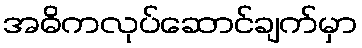
အဓိကလုပ်ဆောင်ချက်မှာ